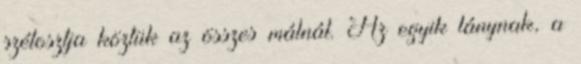
szétosztja köztük az összes málnát. Az egyik lánynak, a